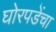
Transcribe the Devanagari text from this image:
घोरपडेंचा